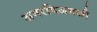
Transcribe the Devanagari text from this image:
अमरविजयजी